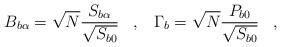
LaTeX: \begin{align*}B_{b\alpha} = \sqrt{N} \frac{S_{b\alpha}}{\sqrt{S_{b0}}} \;\;\; , \;\;\;\Gamma_b = \sqrt{N} \frac{P_{b0}}{\sqrt{S_{b0}}} \;\;\; ,\end{align*}